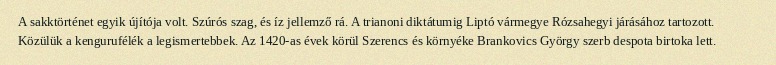
A sakktörténet egyik újítója volt. Szúrós szag, és íz jellemző rá. A trianoni diktátumig Liptó vármegye Rózsahegyi járásához tartozott. Közülük a kengurufélék a legismertebbek. Az 1420-as évek körül Szerencs és környéke Brankovics György szerb despota birtoka lett.